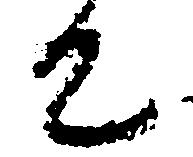
て